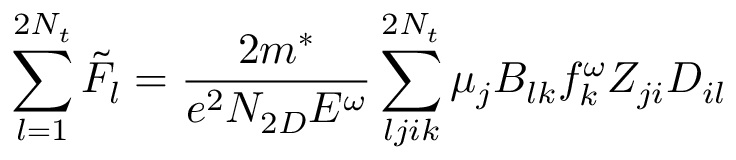
\sum _ { l = 1 } ^ { 2 N _ { t } } { { \tilde { F } } _ { l } } = \frac { 2 m ^ { * } } { e ^ { 2 } N _ { 2 D } E ^ { \omega } } \sum _ { l j i k } ^ { 2 N _ { t } } { { \mu } _ { j } B _ { l k } f _ { k } ^ { \omega } Z _ { j i } D _ { i l } }